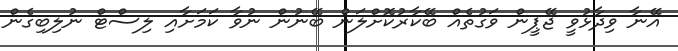
އޭނާ ވިދާޅުވީ ޖޭޕީން ވަގުތެއް ބޭކާރުކޮށްލަން ބޭނުން ނުވާ ކަމަށާއި ލިސްޓް ނުލިބިގެން